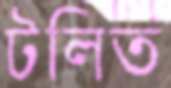
টলিত